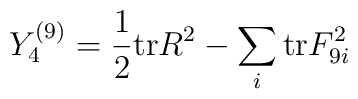
Y_4^{(9)} = {1\over 2} {\rm tr} R^2 -\sum_i {\rm tr} F_{9i}^2